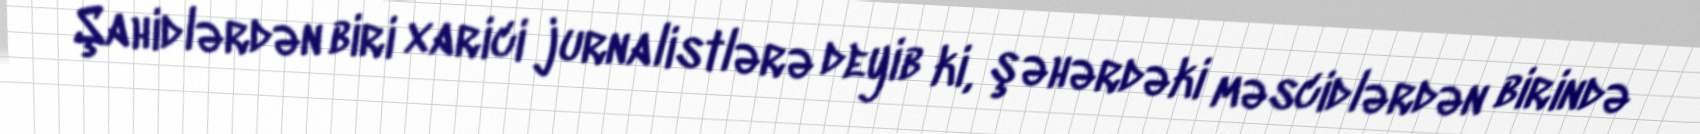
Şahidlərdən biri xarici jurnalistlərə deyib ki, şəhərdəki məscidlərdən birində